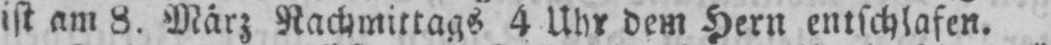
ist am 8. März Nachmittags 4 Uhr dem Hern entschlafen.